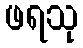
ဖရသု